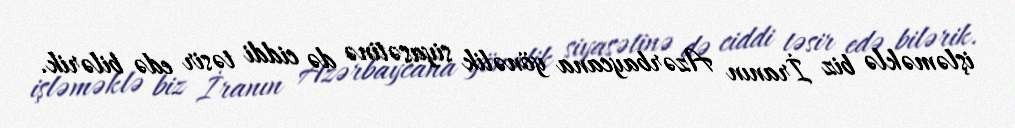
işləməklə biz İranın Azərbaycana yönəlik siyasətinə də ciddi təsir edə bilərik.